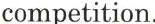
competition